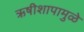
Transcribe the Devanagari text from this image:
ऋषीशापामुळे